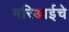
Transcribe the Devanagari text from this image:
मरिआईचे